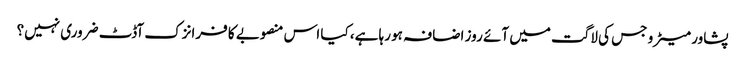
پشاور میٹرو جس کی لاگت میں آئے روز اضافہ ہو رہا ہے، کیا اس منصوبے کا فرانزک آڈٹ ضروری نہیں؟